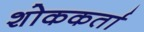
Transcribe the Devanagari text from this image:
शोककर्ता